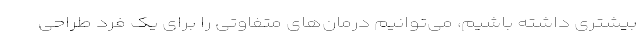
بیشتری داشته باشیم، می‌توانیم درمان‌های متفاوتی را برای یک فرد طراحی